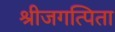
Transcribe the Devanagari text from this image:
श्रीजगत्पिता